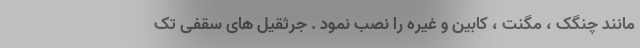
مانند چنگک ، مگنت ، کابین و غیره را نصب نمود . جرثقیل های سقفی تک